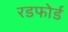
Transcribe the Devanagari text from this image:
रडफोर्ड